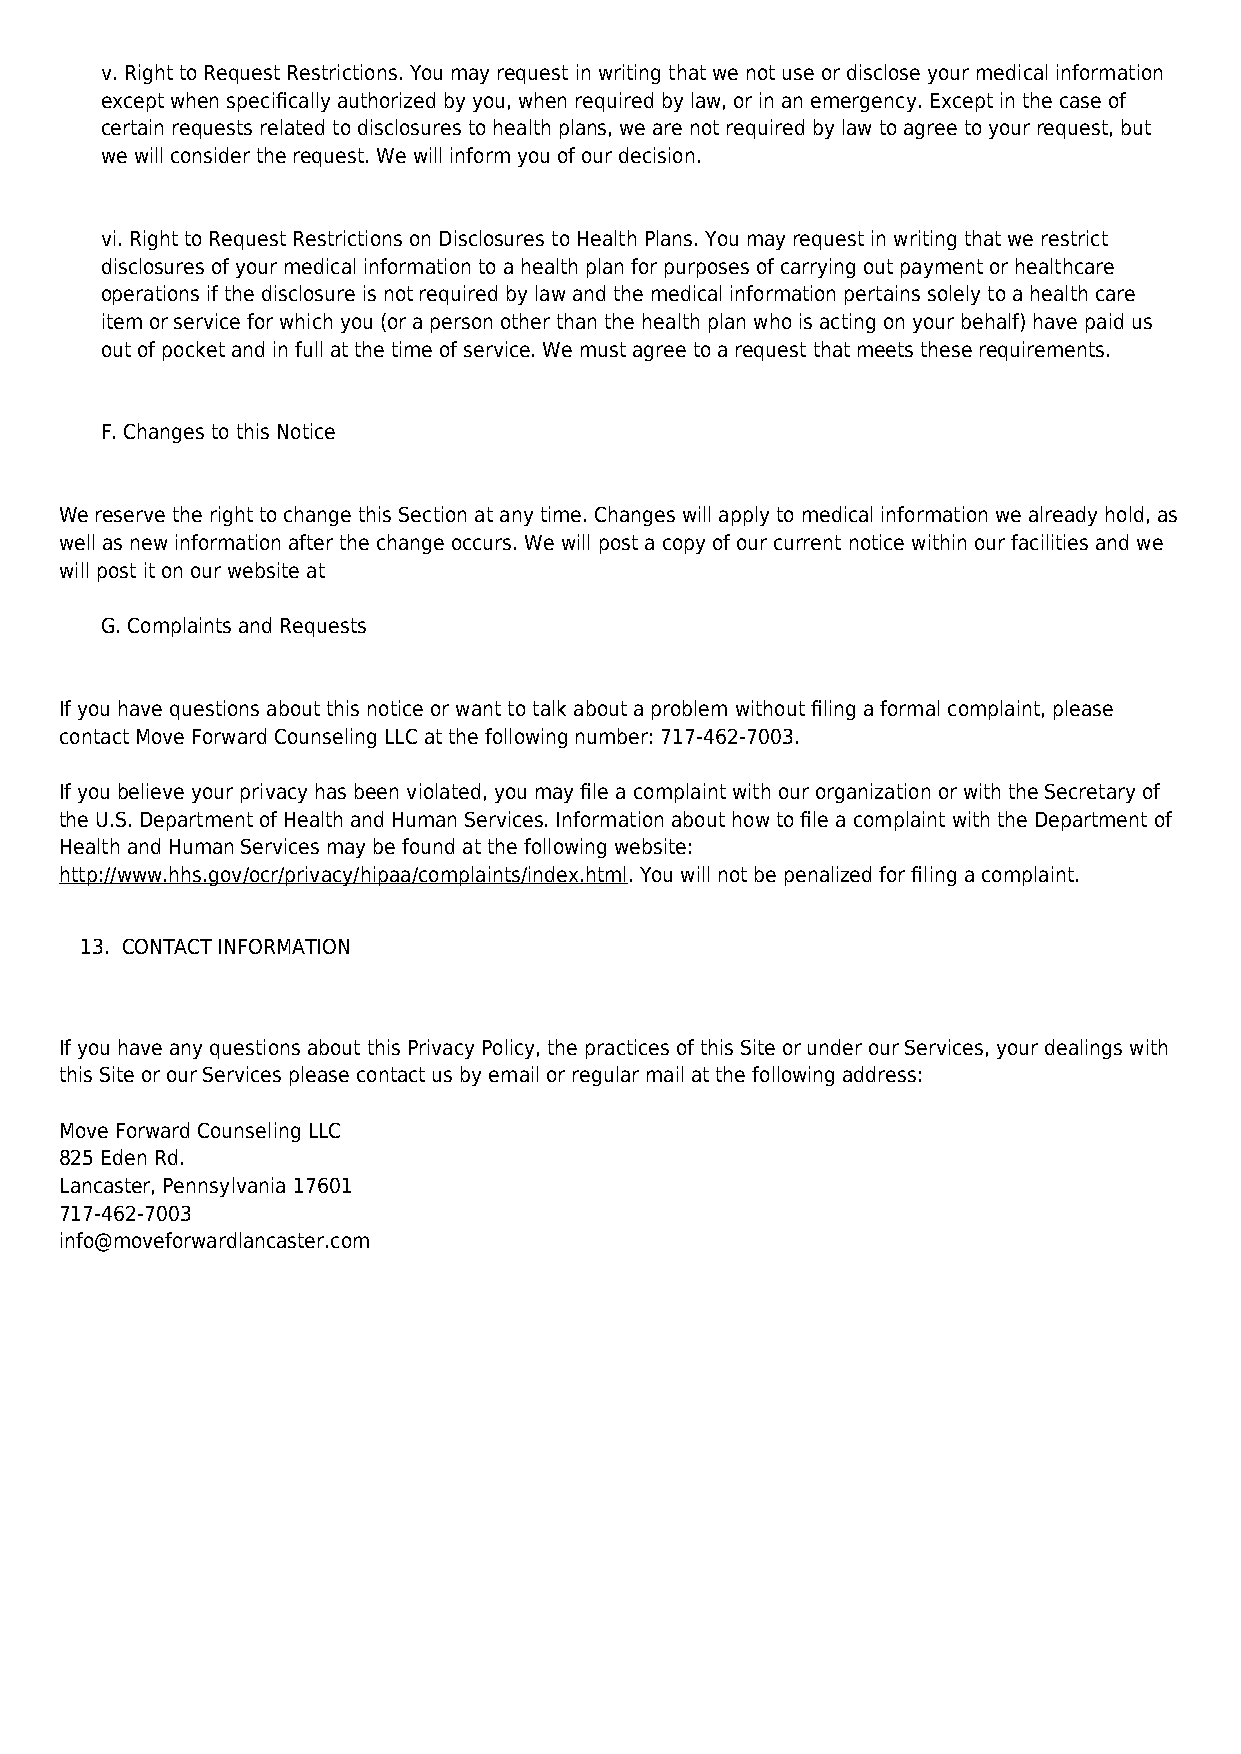
v. Right to Request Restrictions. You may request in writing that we not use or disclose your medical information
 except when specifically authorized by you, when required by law, or in an emergency. Except in the case of
 certain requests related to disclosures to health plans, we are not required by law to agree to your request, but
 we will consider the request. We will inform you of our decision.
 vi. Right to Request Restrictions on Disclosures to Health Plans. You may request in writing that we restrict
 disclosures of your medical information to a health plan for purposes of carrying out payment or healthcare
 operations if the disclosure is not required by law and the medical information pertains solely to a health care
 item or service for which you (or a person other than the health plan who is acting on your behalf) have paid us
 out of pocket and in full at the time of service. We must agree to a request that meets these requirements.
 F. Changes to this Notice
 We reserve the right to change this Section at any time. Changes will apply to medical information we already hold, as
 well as new information after the change occurs. We will post a copy of our current notice within our facilities and we
 will post it on our website at
 G. Complaints and Requests
 If you have questions about this notice or want to talk about a problem without filing a formal complaint, please
 contact Move Forward Counseling LLC at the following number: 717-462-7003.
 If you believe your privacy has been violated, you may file a complaint with our organization or with the Secretary of
 the U.S. Department of Health and Human Services. Information about how to file a complaint with the Department of
 Health and Human Services may be found at the following website:
 http://www.hhs.gov/ocr/privacy/hipaa/complaints/index.html. You will not be penalized for filing a complaint.
 13. CONTACT INFORMATION
 If you have any questions about this Privacy Policy, the practices of this Site or under our Services, your dealings with
 this Site or our Services please contact us by email or regular mail at the following address:
 Move Forward Counseling LLC
 825 Eden Rd.
 Lancaster, Pennsylvania 17601
 717-462-7003
 info@moveforwardlancaster.com